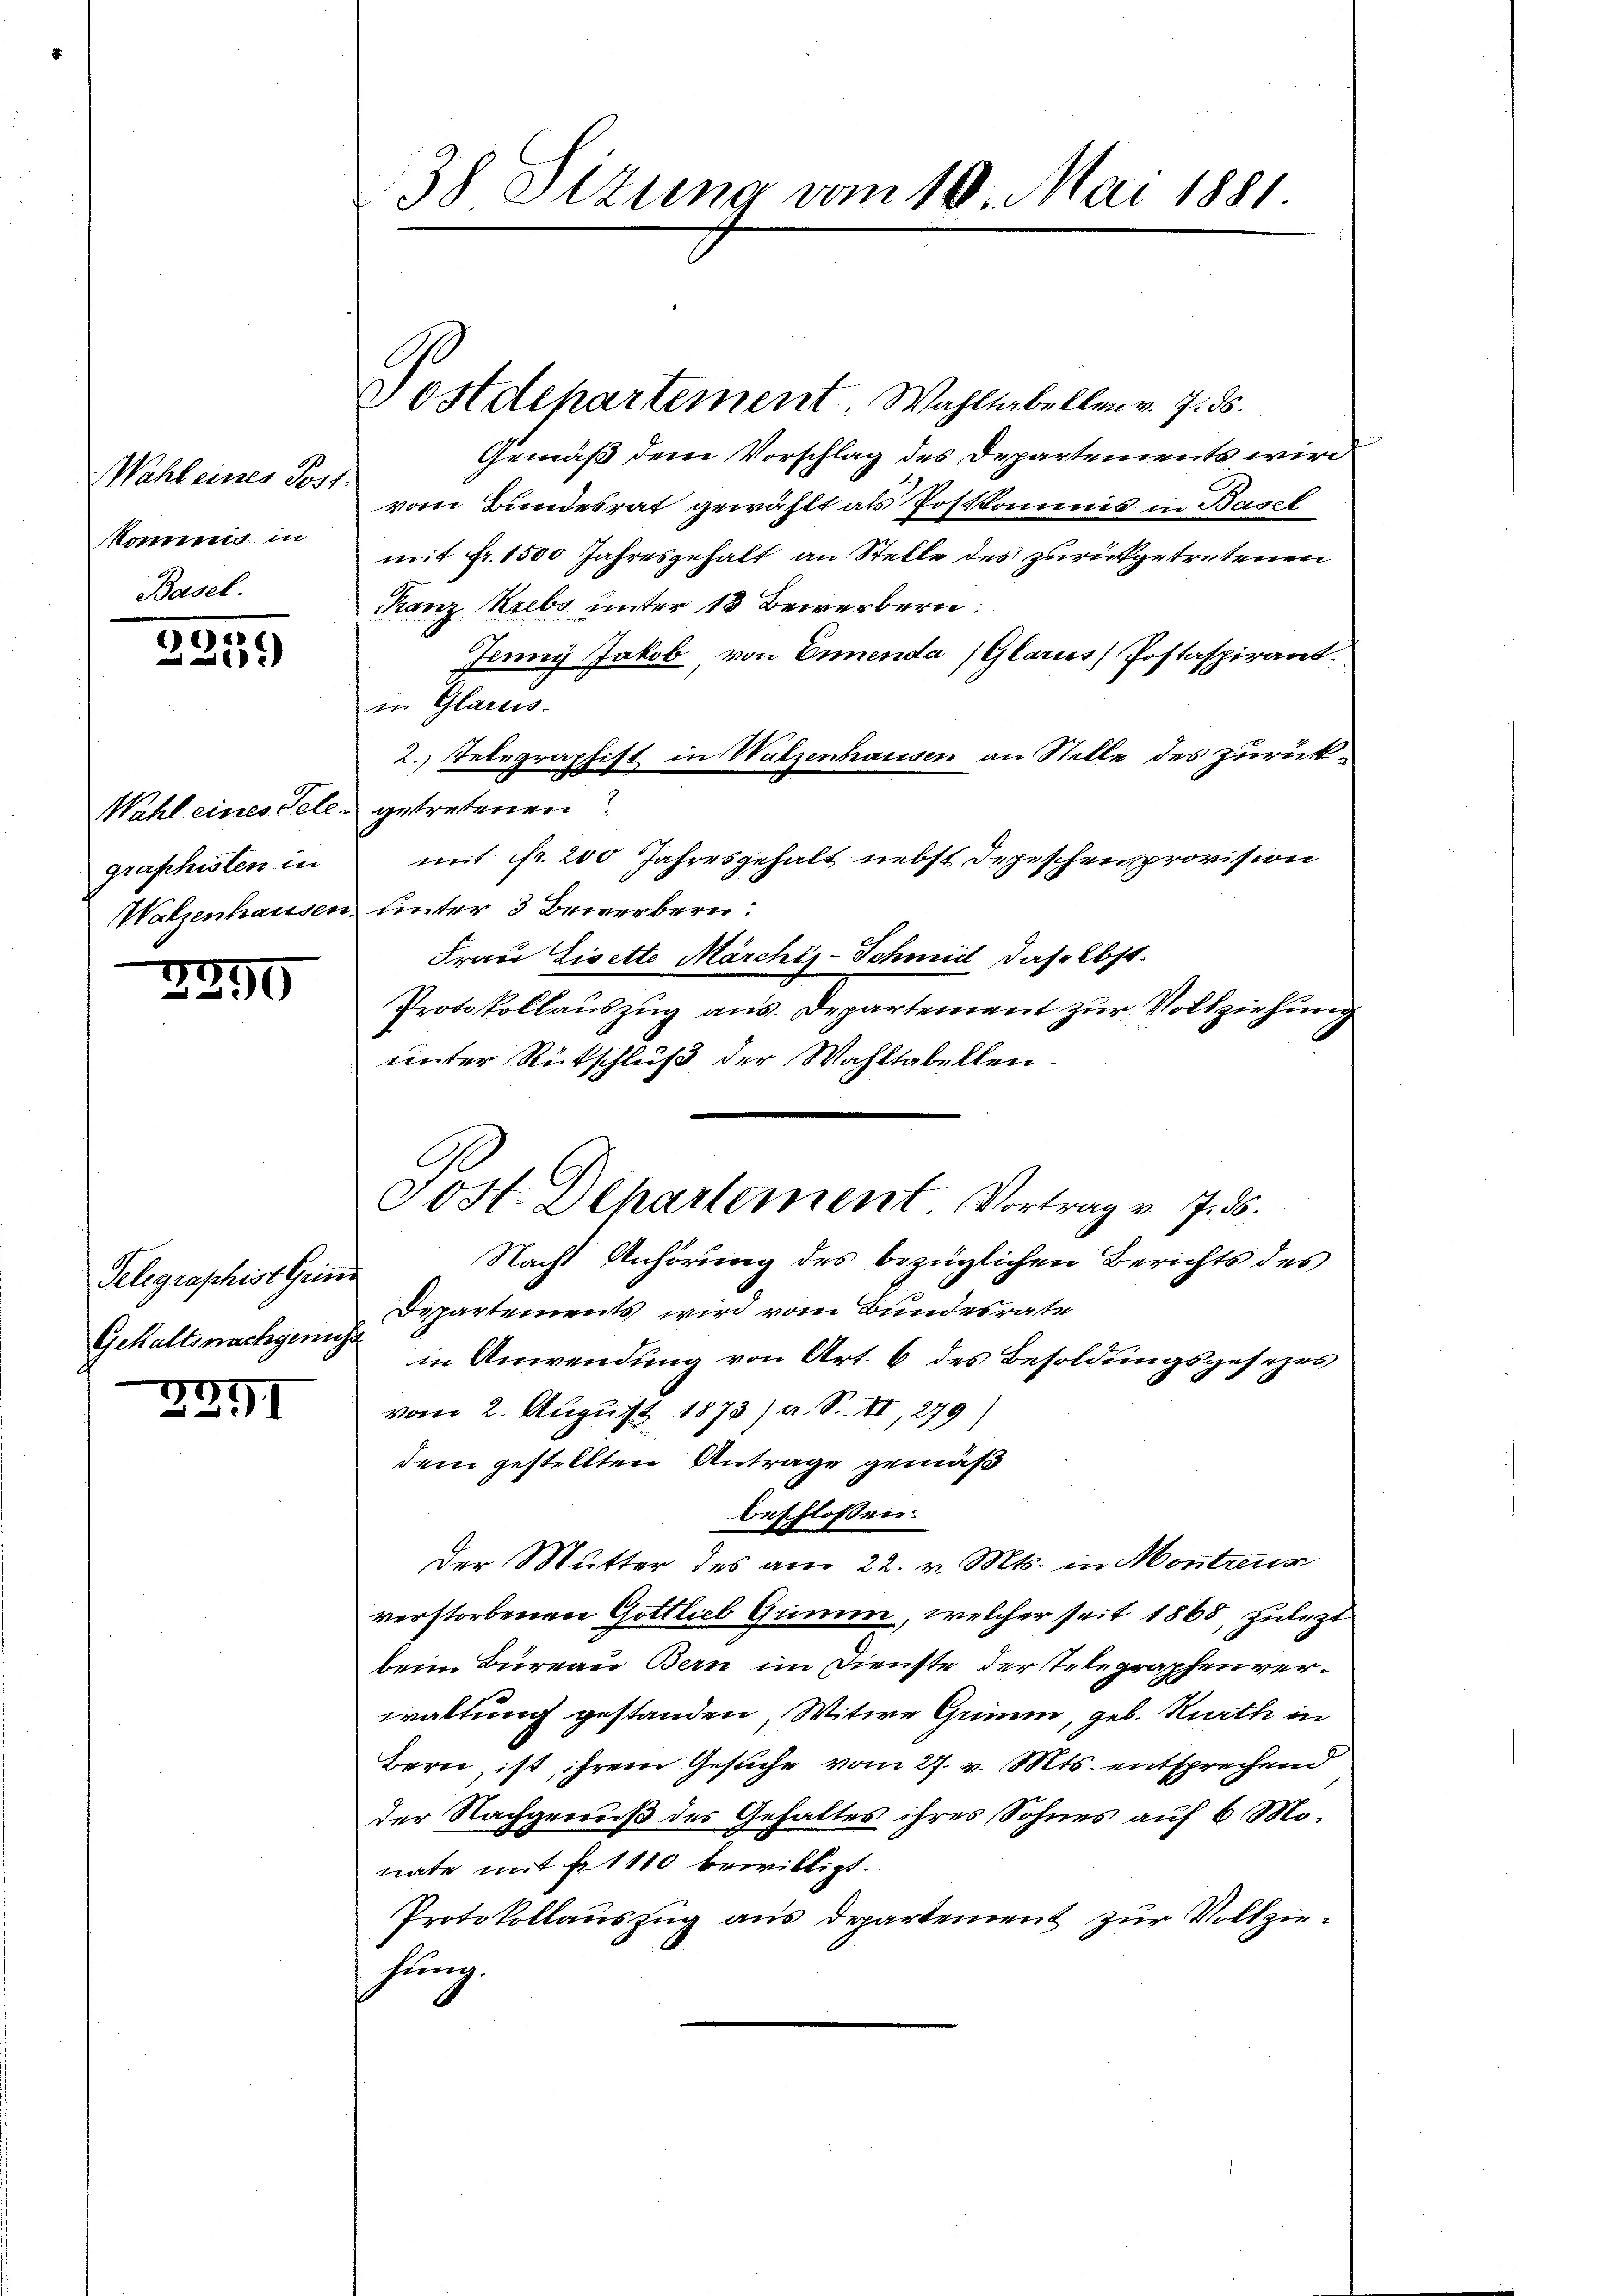
kommnis in
Basel.

)
2259)

graphisten in

2299

Telegraphist Grins
Gehaltsnachgenuss

2371

odehartement. Wahltabellen v. J. ds.
Gemäß dem Vorschlag des Departements wird
Wahl eines Jos. vom Bundesrat gewählt als Postkommnis in Basel
mit Fr. 1500 Jahresgehalt an Stelle des zurückgetretenen
Ranz Krebs unter 13 Bewerbern:
Jenny Jakob, von Ennenda (Glarus) Postaspirant.
in Glarus.
2. Telegraphist in Walzenhausen an Stelle des zurück¬

Wahl eines Telen getretenen?
mit Fr. 200 Jahresgehalt nebst Depeschenprovision
Walzenhausen, unter 3 Bewerbern:
Frau Lisette Märchis-Schmid daselbst.
Protokollauszug aus. Departement zur Vollziehung
unter Rückschluß der Wahltabellen¬
Nacht Anhörung des bezüglichen Berichts des
Departements wird vom Bundesrate
in Anwendung von Art. 6 des Besoldungsgesezes
vom 2. August 1873) a. S. II, 279)
dem gestellten Antrage gemäß
beschlossen:
Der Mutter des am 22. v. Mts. in Montreux
verstorbenen Gottlieb Grimm, welcher seit 1868, zulezt
beim Bureau Bern im Dienste der Telegraphenverwaltung gestanden, Witwe Grimm, geb. Rath in
Bern, ist, ihrem Gesuche vom 27. v. Mts. entsprechend
der Nachgenuß des Gehaltes ihres Sohnes auf 6 Monate mit Fr. 1110 bewilligt.
Protokollauszug aus Departement zur Vollziehung.

38 Sitzung vom 10. Mai 1881.

Jost. Departement. Vortrag v. 7. ds.